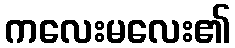
ကလေးမလေး၏